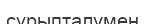
сұрыпталумен